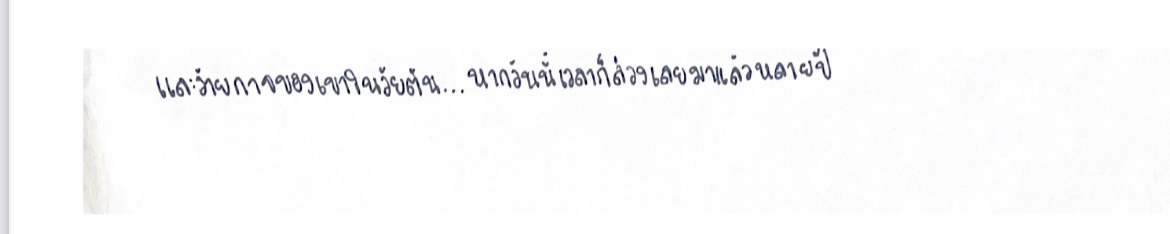
และร้ายกาจของเขาในวัยต้น...หากวันนี้เวลาก็ล่วงเลยมาแล้วหลายปี